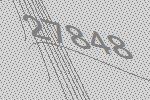
27848